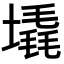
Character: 𪤛